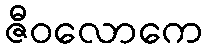
ဇီဝလောကေ